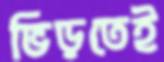
ভিড়তেই